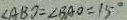
\angle A B D = \angle B A O = 1 5 ^ { \circ }